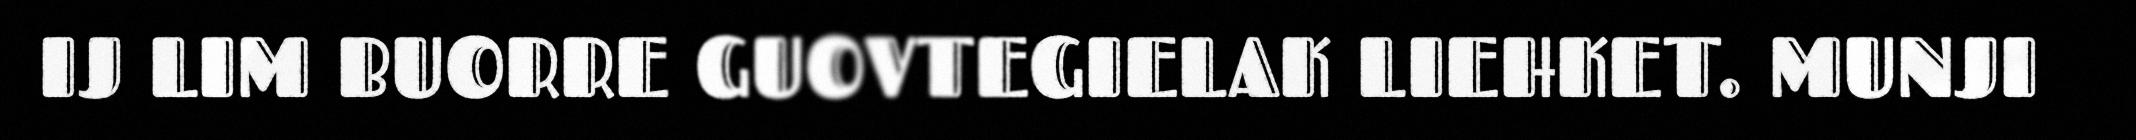
IJ LIM BUORRE GUOVTEGIELAK LIEHKET. MUNJI